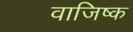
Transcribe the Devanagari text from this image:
वाजिष्क